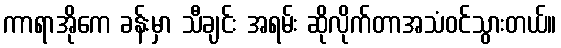
ကာရာအိုကေ ခန်းမှာ သီချင်း အရမ်း ဆိုလိုက်တာအသံဝင်သွားတယ်။